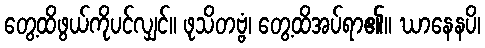
တွေ့ထိဖွယ်ကိုပင်လျှင်။ ဖုသိတဗ္ဗံ၊ တွေ့ထိအပ်ရာ၏။ ဃာနေနပိ၊